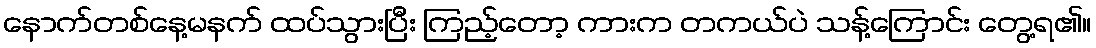
နောက်တစ်နေ့မနက် ထပ်သွားပြီး ကြည့်တော့ ကားက တကယ်ပဲ သန့်ကြောင်း တွေ့ရ၏။